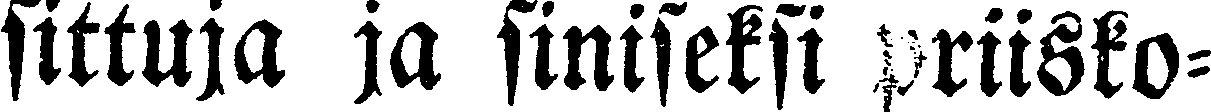
sittuja ja siniseksi priisko-